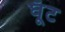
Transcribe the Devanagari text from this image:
घूॅट